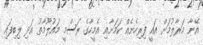
އޭނާ މަރާލުމަށް އައީ ފިރިހެނެއް ކަމަށާއި އެމީހާގެ ރަސްމީ މައުލޫމާތު އަދި ލިބިފައި